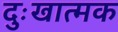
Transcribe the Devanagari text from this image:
दुःखात्मक